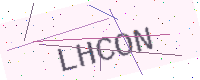
Text: LHCON